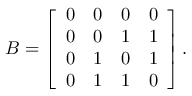
B = \left[ \begin{array} { c c c c } { { 0 } } & { { 0 } } & { { 0 } } & { { 0 } } \\ { { 0 } } & { { 0 } } & { { 1 } } & { { 1 } } \\ { { 0 } } & { { 1 } } & { { 0 } } & { { 1 } } \\ { { 0 } } & { { 1 } } & { { 1 } } & { { 0 } } \end{array} \right] .